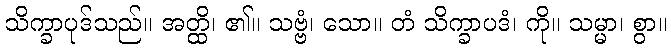
သိက္ခာပုဒ်သည်။ အတ္ထိ၊ ၏။ သဗ္ဗံ၊ သော။ တံ သိက္ခာပဒံ၊ ကို။ သမ္မာ၊ စွာ။